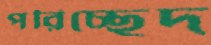
পরিচ্ছেদ